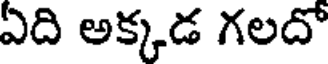
ఏది అక్కడ గలదో